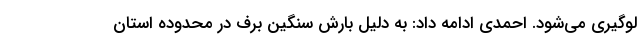
لوگیری می‌شود. احمدی ادامه داد: به دلیل بارش سنگین برف در محدوده استان